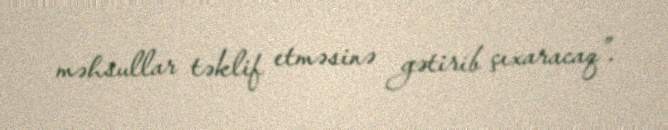
məhsullar təklif etməsinə gətirib çıxaracaq”.